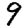
Digit: 9